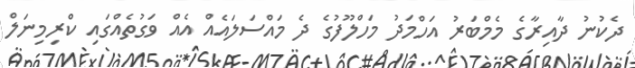
ދެކުނު ދާއިރާގެ މެމްބަރު އަހްމަދު މަހްލޫފުގެ ދެ މައްސަލައެއް އެއް ވަގުތެއްގައި ކްރިމިނަލް